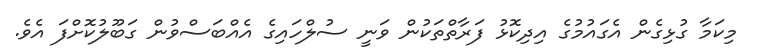
މިކަމާ ގުޅިގެން އެގައުމުގެ އިދިކޮޅު ފަރާތްތަކުން ވަނީ ސުލްހައިގެ އެއްބަސްވުން ގަބޫލުކޮށްފަ އެވެ.